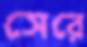
সেরে